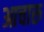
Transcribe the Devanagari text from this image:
आचारु